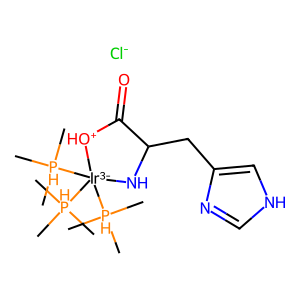
SMILES: C[PH](C)(C)[Ir-3]1([PH](C)(C)C)([PH](C)(C)C)NC(Cc2c[nH]cn2)C(=O)[OH+]1.[Cl-]
Inhibits HIV replication: No